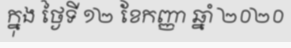
ក្នុង ថ្ងៃទី ១២ ខែកញ្ញា ឆ្នាំ ២០២០